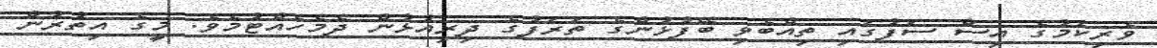
ވެރިކަމުގެ އިސް ސަފުގައި ތިއްބެވި ބޭފުޅުންގެ ތަރަފުގެ ދިރިއުޅުން ދެމެހެއްޓުމެވެ. މީގެ އިތުރުން